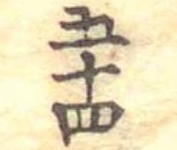
五十四